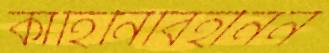
কাহিনিবিহীনন